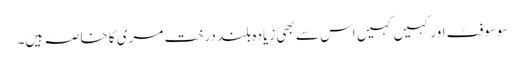
سوسوفٹ اور کہیں کہیں اس سے بھی زیادہ بلند درخت مری کا خاصہ ہیں۔